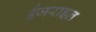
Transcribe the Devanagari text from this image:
ईजराइल